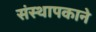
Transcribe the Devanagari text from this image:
संस्थापकाने